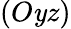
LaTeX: (O\mathit{y}z)